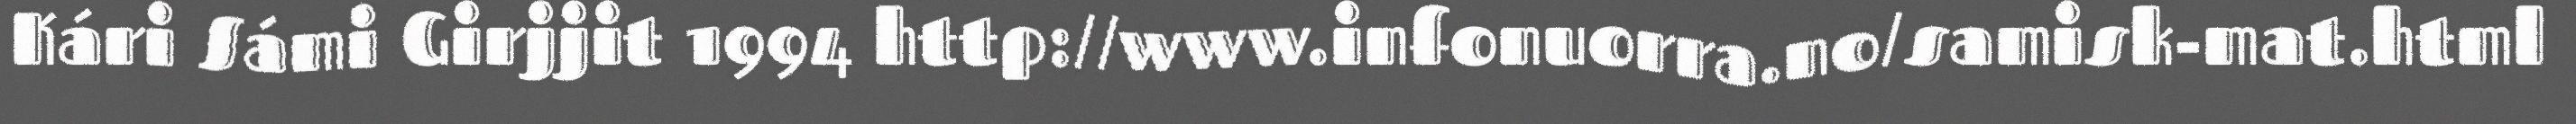
Kári Sámi Girjjit 1994 http://www.infonuorra.no/samisk-mat.html